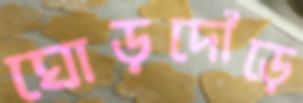
ঘোড়দৌড়ে